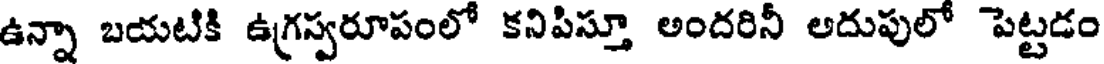
ఉన్నా బయటికి ఉగ్రస్వరూపంలో కనిపిస్తూ అందరినీ అదుపులో పెట్టడం